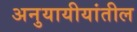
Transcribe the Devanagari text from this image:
अनुयायीयांतील